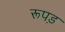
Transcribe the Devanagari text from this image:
रूपड़